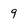
Character: 9